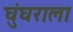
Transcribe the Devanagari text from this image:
घुंघराला